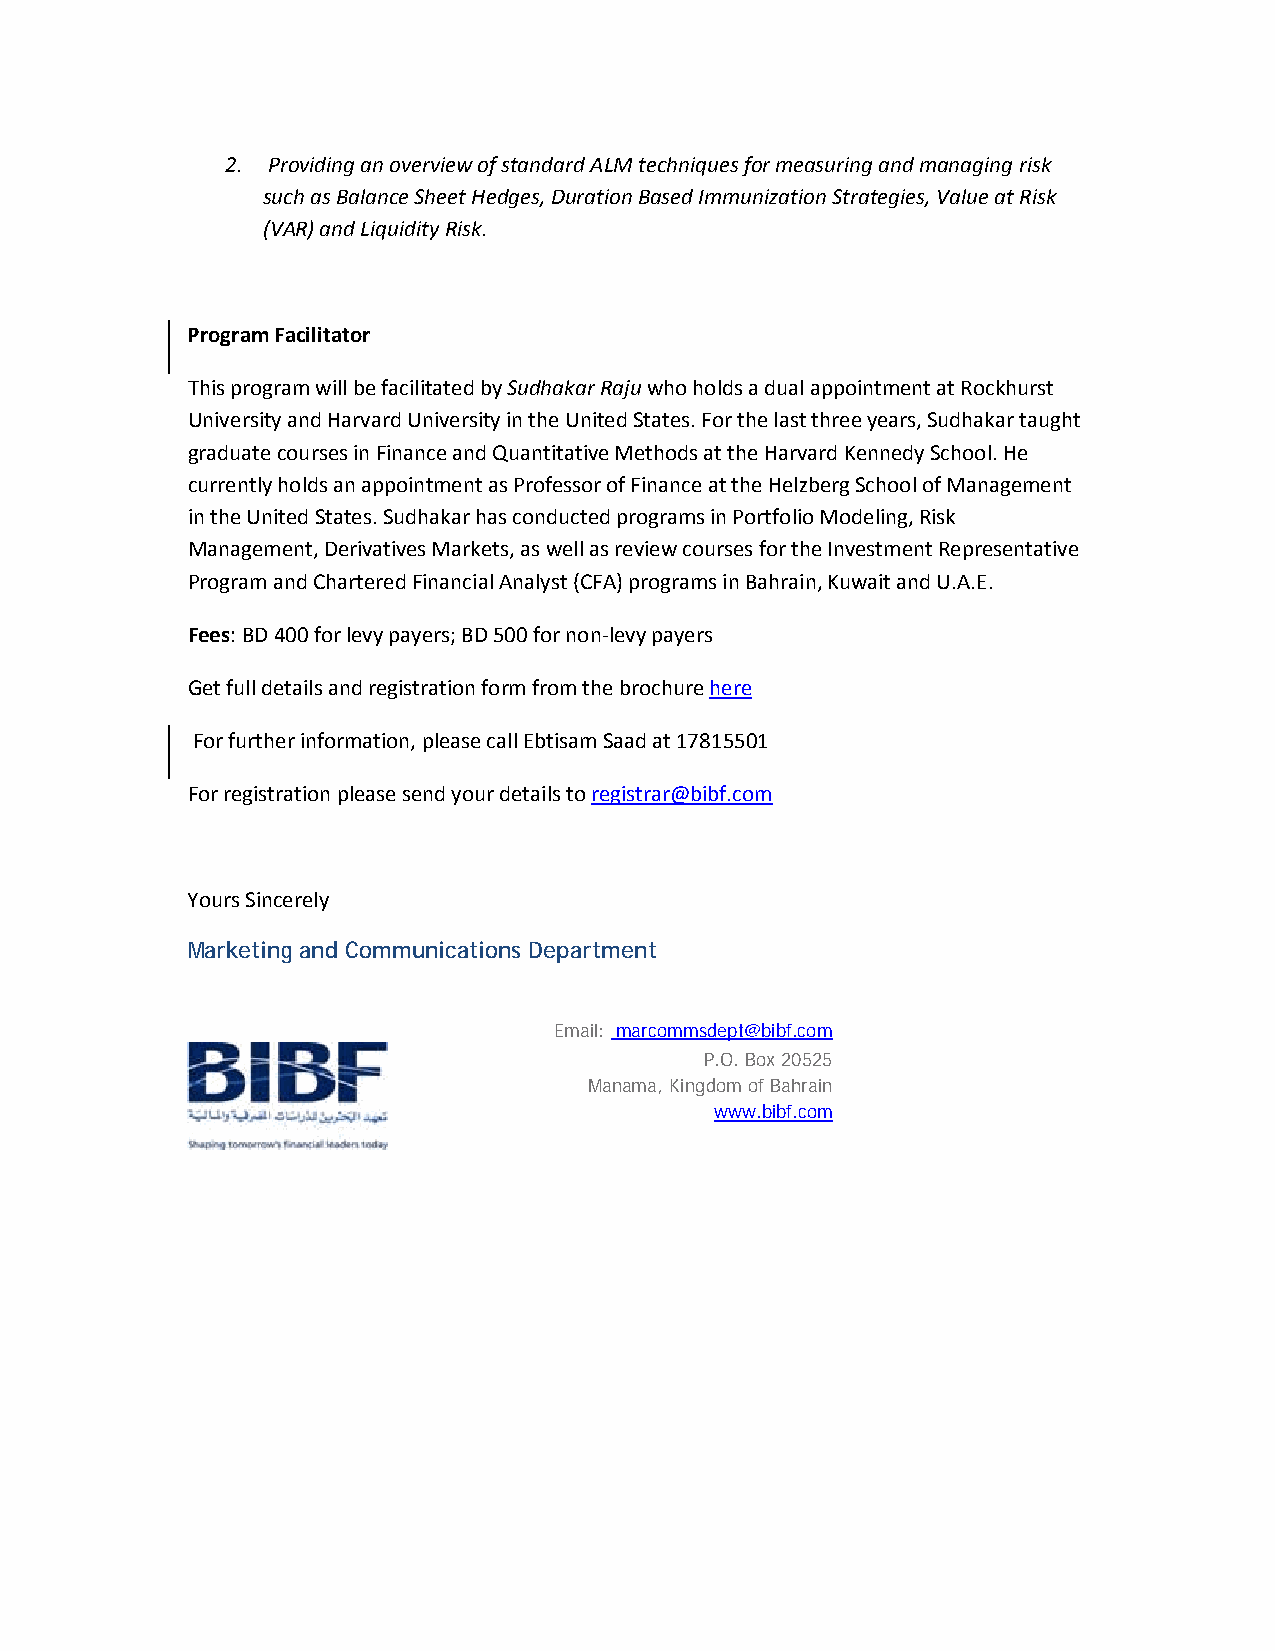
2. Providing an overview of standard ALM techniques for measuring and managing risk
 such as Balance Sheet Hedges, Duration Based Immunization Strategies, Value at Risk
 (VAR) and Liquidity Risk.
 Program Facilitator
 This program will be facilitated by Sudhakar Raju who holds a dual appointment at Rockhurst
 University and Harvard University in the United States. For the last three years, Sudhakar taught
 graduate courses in Finance and Quantitative Methods at the Harvard Kennedy School. He
 currently holds an appointment as Professor of Finance at the Helzberg School of Management
 in the United States. Sudhakar has conducted programs in Portfolio Modeling, Risk
 Management, Derivatives Markets, as well as review courses for the Investment Representative
 Program and Chartered Financial Analyst (CFA) programs in Bahrain, Kuwait and U.A.E.
 Fees: BD 400 for levy payers; BD 500 for non-levy payers
 Get full details and registration form from the brochure here
 For further information, please call Ebtisam Saad at 17815501
 For registration please send your details to registrar@bibf.com
 Yours Sincerely
 Marketing and Communications Department
 Email: marcommsdept@bibf.com
 P.O. Box 20525
 Manama, Kingdom of Bahrain
 www.bibf.com